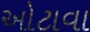
ઓટાવા